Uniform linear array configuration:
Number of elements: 32
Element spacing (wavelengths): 1
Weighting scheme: exponential
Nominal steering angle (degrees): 30
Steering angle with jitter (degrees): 31.196
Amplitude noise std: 0.05
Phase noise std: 0.05

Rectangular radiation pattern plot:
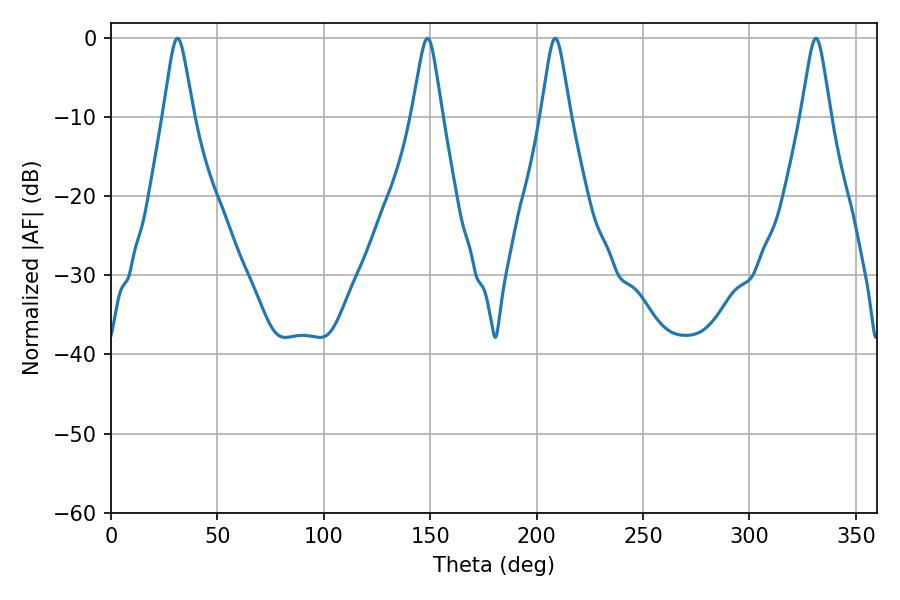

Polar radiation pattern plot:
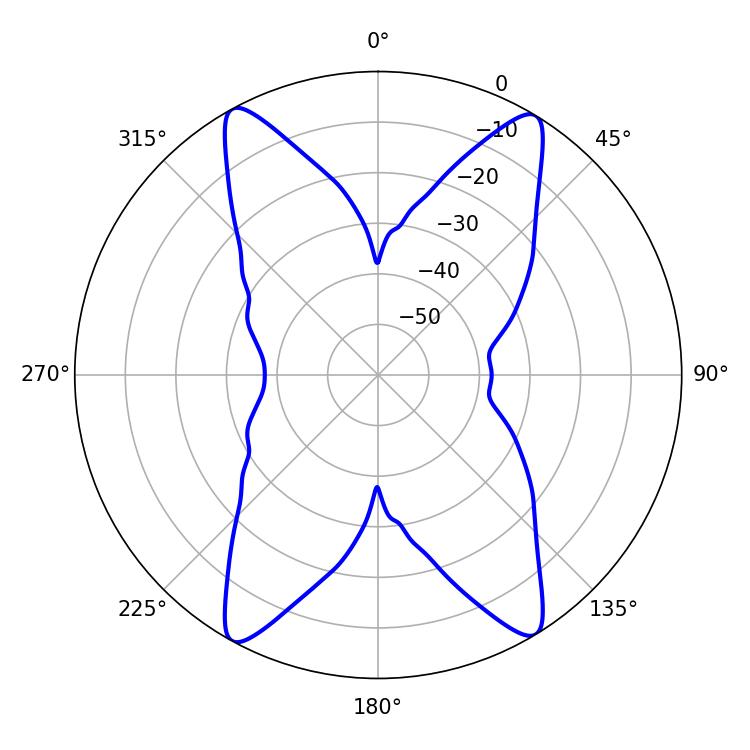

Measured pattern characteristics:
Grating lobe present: TRUE
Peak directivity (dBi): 20.8
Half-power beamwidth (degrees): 6.48
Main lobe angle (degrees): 208.8